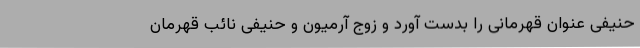
حنیفی عنوان قهرمانی را بدست آورد و زوج آرمیون و حنیفی نائب قهرمان